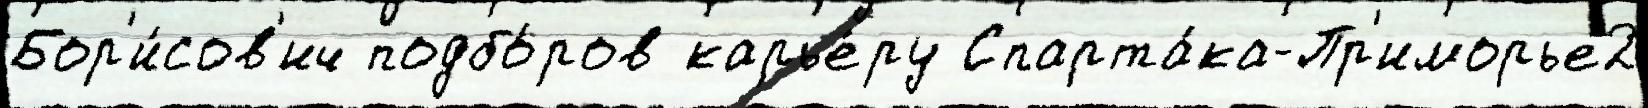
Бор'и́сов'ич подбо́ров карье́ру Спарта́ка-Пр'иморье2